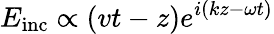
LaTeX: E_{\mathrm{inc}}\propto\left(vt-z\right)e^{i\left(kz-\omega t\right)}